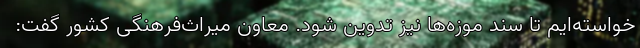
خواسته‌ایم تا سند موزه‌ها نیز تدوین شود. معاون میراث‌فرهنگی کشور گفت: